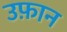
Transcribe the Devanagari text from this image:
उफ़ान